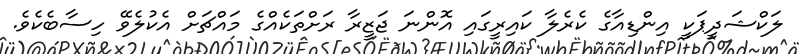
ލަކްޝަދީޕަކީ އިންޑިއާގެ ކެރެލާ ކައިރީގައި އޮންނަ ޖަޒީރާ ރަށްތަކެއްގެ މައްޗަށް އެކުލެވޭ ހިސާބެކެވެ.